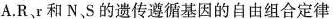
A.R、r和N、S的遗传遵循基因的自由组合定律